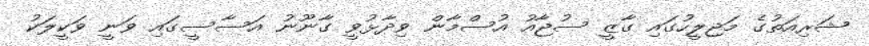
ޝަރިއަތުގެ މަޖިލީހުގައި ގާޒީ ސުޖާއު އުސްމާން ވިދާޅުވީ ގާނޫނު އަސާސީގައި ވަނީ ވަކީލަކު